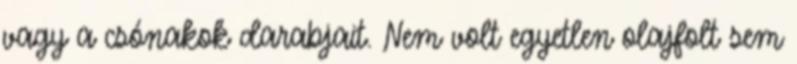
vagy a csónakok darabjait. Nem volt egyetlen olajfolt sem